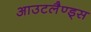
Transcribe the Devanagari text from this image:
आउटलैण्ड्स